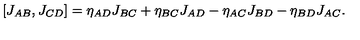
[ J _ { A B } , J _ { C D } ] = \eta _ { A D } J _ { B C } + \eta _ { B C } J _ { A D } - \eta _ { A C } J _ { B D } - \eta _ { B D } J _ { A C } .